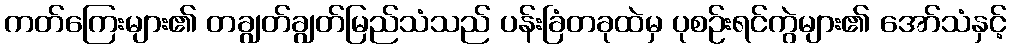
ကတ်ကြေးများ၏ တချွတ်ချွတ်မြည်သံသည် ပန်းခြံတခုထဲမှ ပုစဉ်းရင်ကွဲများ၏ အော်သံနှင့်